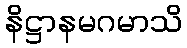
နိဋ္ဌာနမဂမာသိ